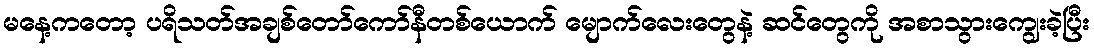
မနေ့ကတော့ ပရိသတ်အချစ်တော်ကော်နီတစ်ယောက် မျောက်လေးတွေနဲ့ ဆင်တွေကို အစာသွားကျွေးခဲ့ပြီး